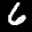
Label: 6